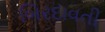
બિરદાવતી